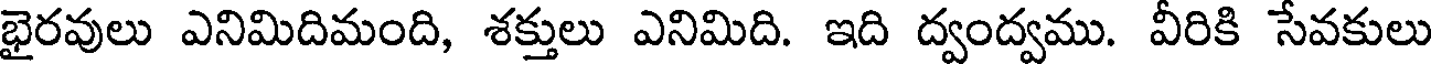
భైరవులు ఎనిమిదిమంది, శక్తులు ఎనిమిది. ఇది ద్వంద్వము. వీరికి సేవకులు